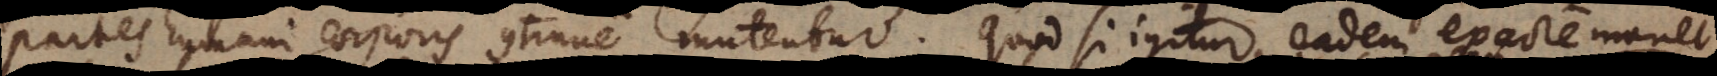
partes humani corporis continue mutentur. Quod si igitur eadem exacte mane